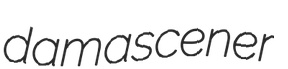
damascener